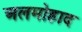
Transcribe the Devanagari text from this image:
अलमोहाद